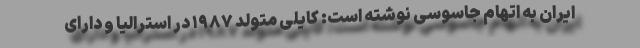
ایران به اتهام جاسوسی نوشته است: کایلی متولد ۱۹۸۷ در استرالیا و دارای